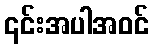
၎င်းအပါအဝင်